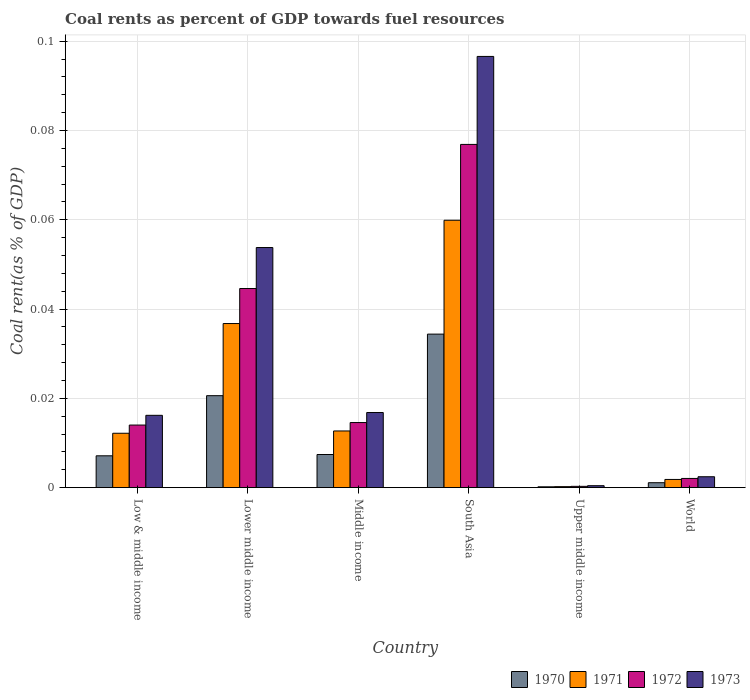
| Country | 1970 | 1971 | 1972 | 1973 |
 | --- | --- | --- | --- | --- |
 | Low & middle income | 0.00713 | 0.0122 | 0.014 | 0.0162 |
 | Lower middle income | 0.0206 | 0.0368 | 0.0446 | 0.0538 |
 | Middle income | 0.00742 | 0.0127 | 0.0146 | 0.0168 |
 | South Asia | 0.0344 | 0.0599 | 0.0769 | 0.0966 |
 | Upper middle income | 0.000184 | 0.000219 | 0.000284 | 0.000431 |
 | World | 0.0011 | 0.00183 | 0.00206 | 0.00244 |